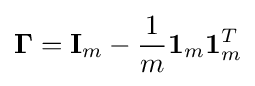
\mathbf {\Gamma } =\mathbf {I} _{m}-{\frac {1}{m}}\mathbf {1} _{m}\mathbf {1} _{m}^{T}